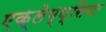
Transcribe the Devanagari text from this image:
एक्लेम्प्सिया